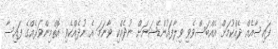
ފައިސާއެއް ދެއްކުމަށް އެއްބަސްވެވި ވިލާފައުންޑޭޝަނަށް ނުދެއްކި ވާނަމަ އެ ނުދެއްކެވި އޮތްމިންވަރެއްގެ ފައިސާ